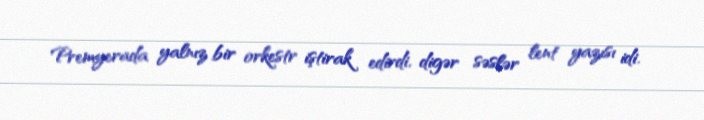
Premyerada yalnız bir orkestr iştirak edirdi, digər səslər lent yazısı idi.